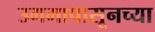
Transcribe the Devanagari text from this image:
उगमापासूनच्या